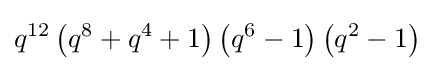
q^{12}\left(q^{8}+q^{4}+1\right)\left(q^{6}-1\right)\left(q^{2}-1\right)